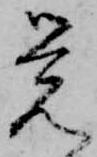
覚